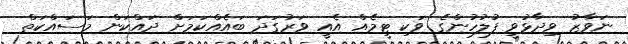
ނަވާޒު ވިދާޅުވީ ފުލުހުންގެ ވަކި ޓީމެއް އެއީ ވަރުގަދަ ބައެއްކަމަށް ދައްކަން މަސައްކަތް